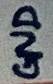
Text: GND